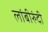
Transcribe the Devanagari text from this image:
लांबीरुंदी